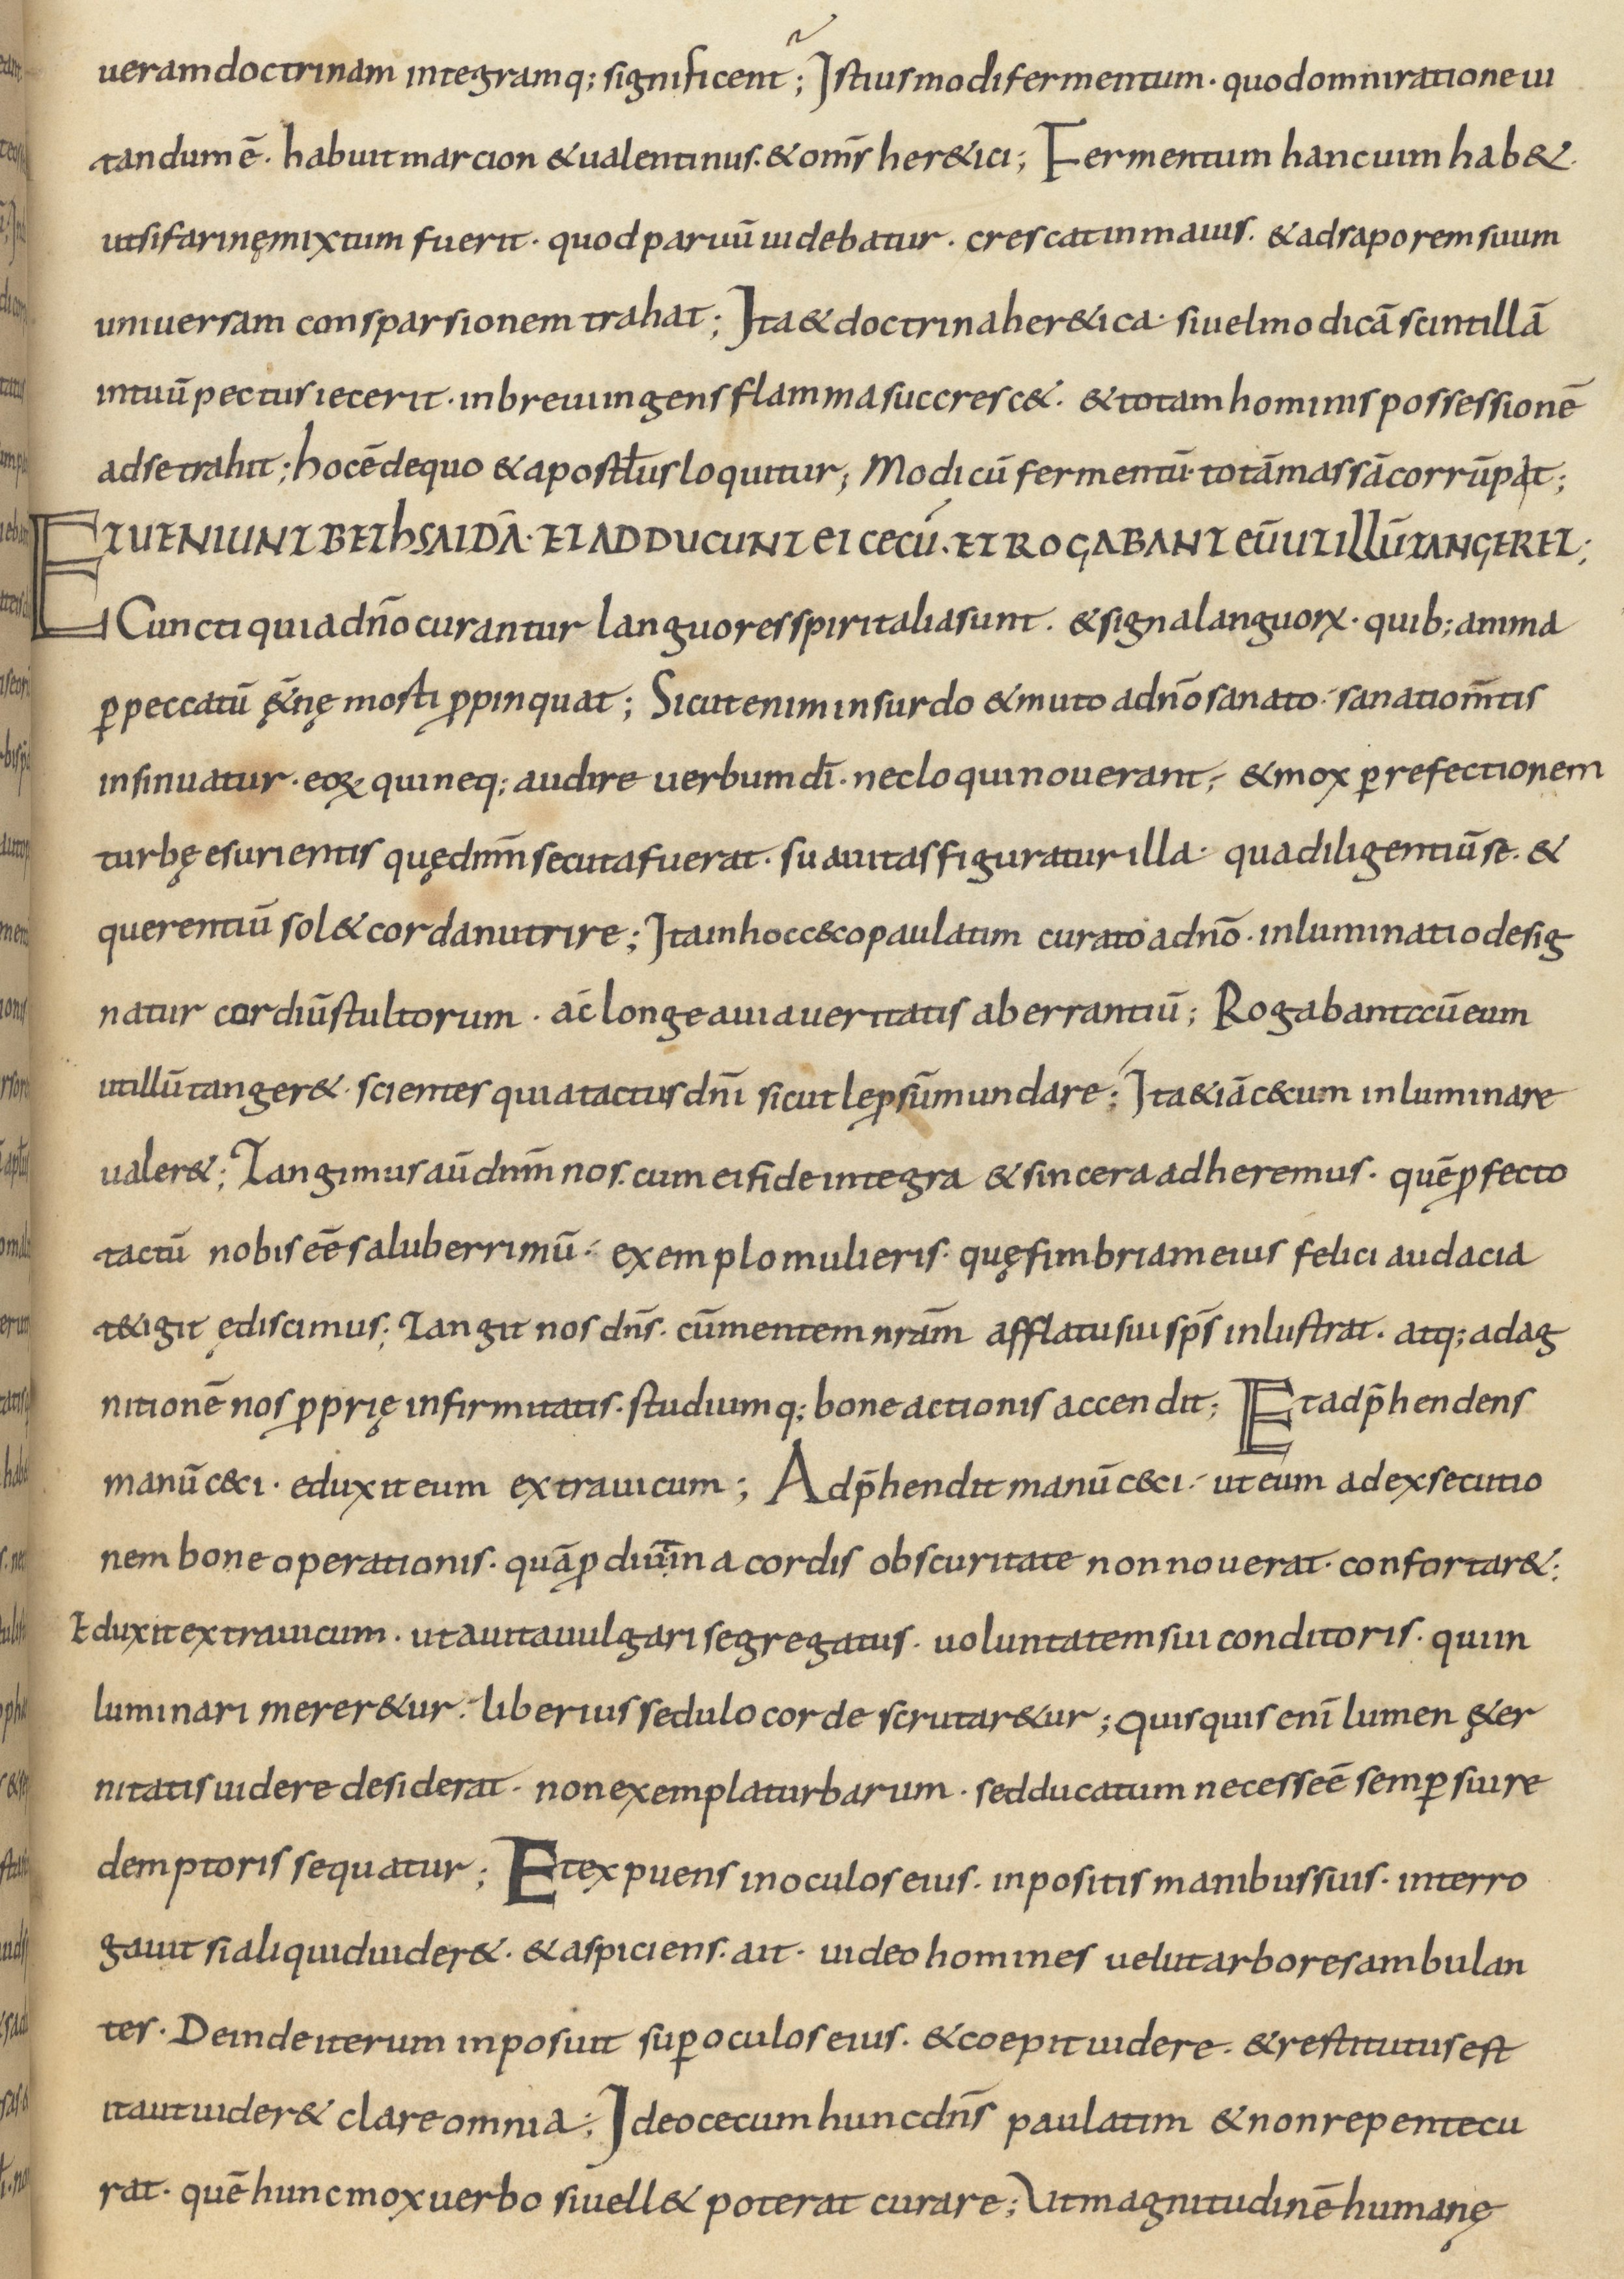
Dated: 800–899